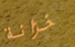
خزانة